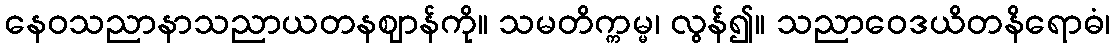
နေဝသညာနာသညာယတနဈာန်ကို။ သမတိက္ကမ္မ၊ လွန်၍။ သညာဝေဒယိတနိရောဓံ၊